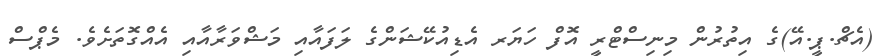
(އެޗް.ޕީ.އޭ)ގެ އިތުރުން މިނިސްޓްރީ އޮފް ހަޔަރ އެޑިއުކޭޝަންގެ ލަފައާއި މަޝްވަރާއާއި އެއްގޮތަށެވެ. މެޕްސް